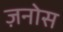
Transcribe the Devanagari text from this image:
ज़नोस